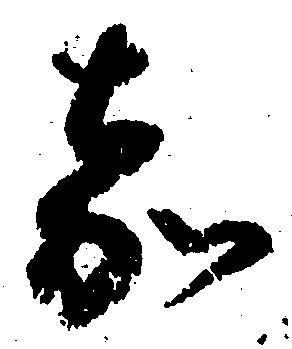
嘉